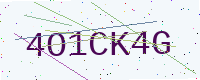
Text: 4O1CK4G